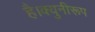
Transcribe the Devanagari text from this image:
है।क्युनीरूप